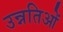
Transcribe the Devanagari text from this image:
उन्नतिओं